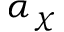
\alpha _ { \chi }